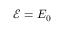
{ \mathcal E } = E _ { 0 }